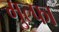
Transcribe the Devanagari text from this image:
मुल्फा